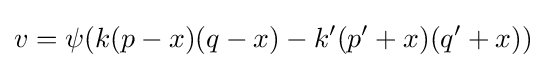
v=\psi (k(p-x)(q-x)-k'(p'+x)(q'+x))\!